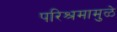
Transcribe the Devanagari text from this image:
परिश्रमामुळे